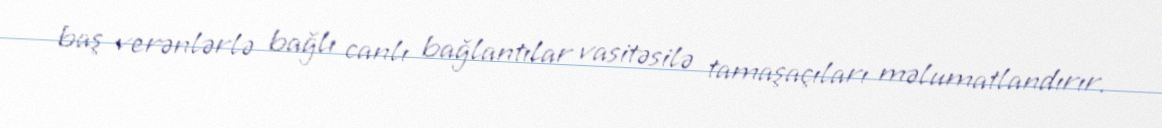
baş verənlərlə bağlı canlı bağlantılar vasitəsilə tamaşaçıları məlumatlandırır.